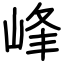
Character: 峰